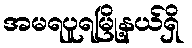
အမရပူရမြို့နယ်ရှိ